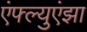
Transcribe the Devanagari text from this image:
एंफ्ल्युएंझा